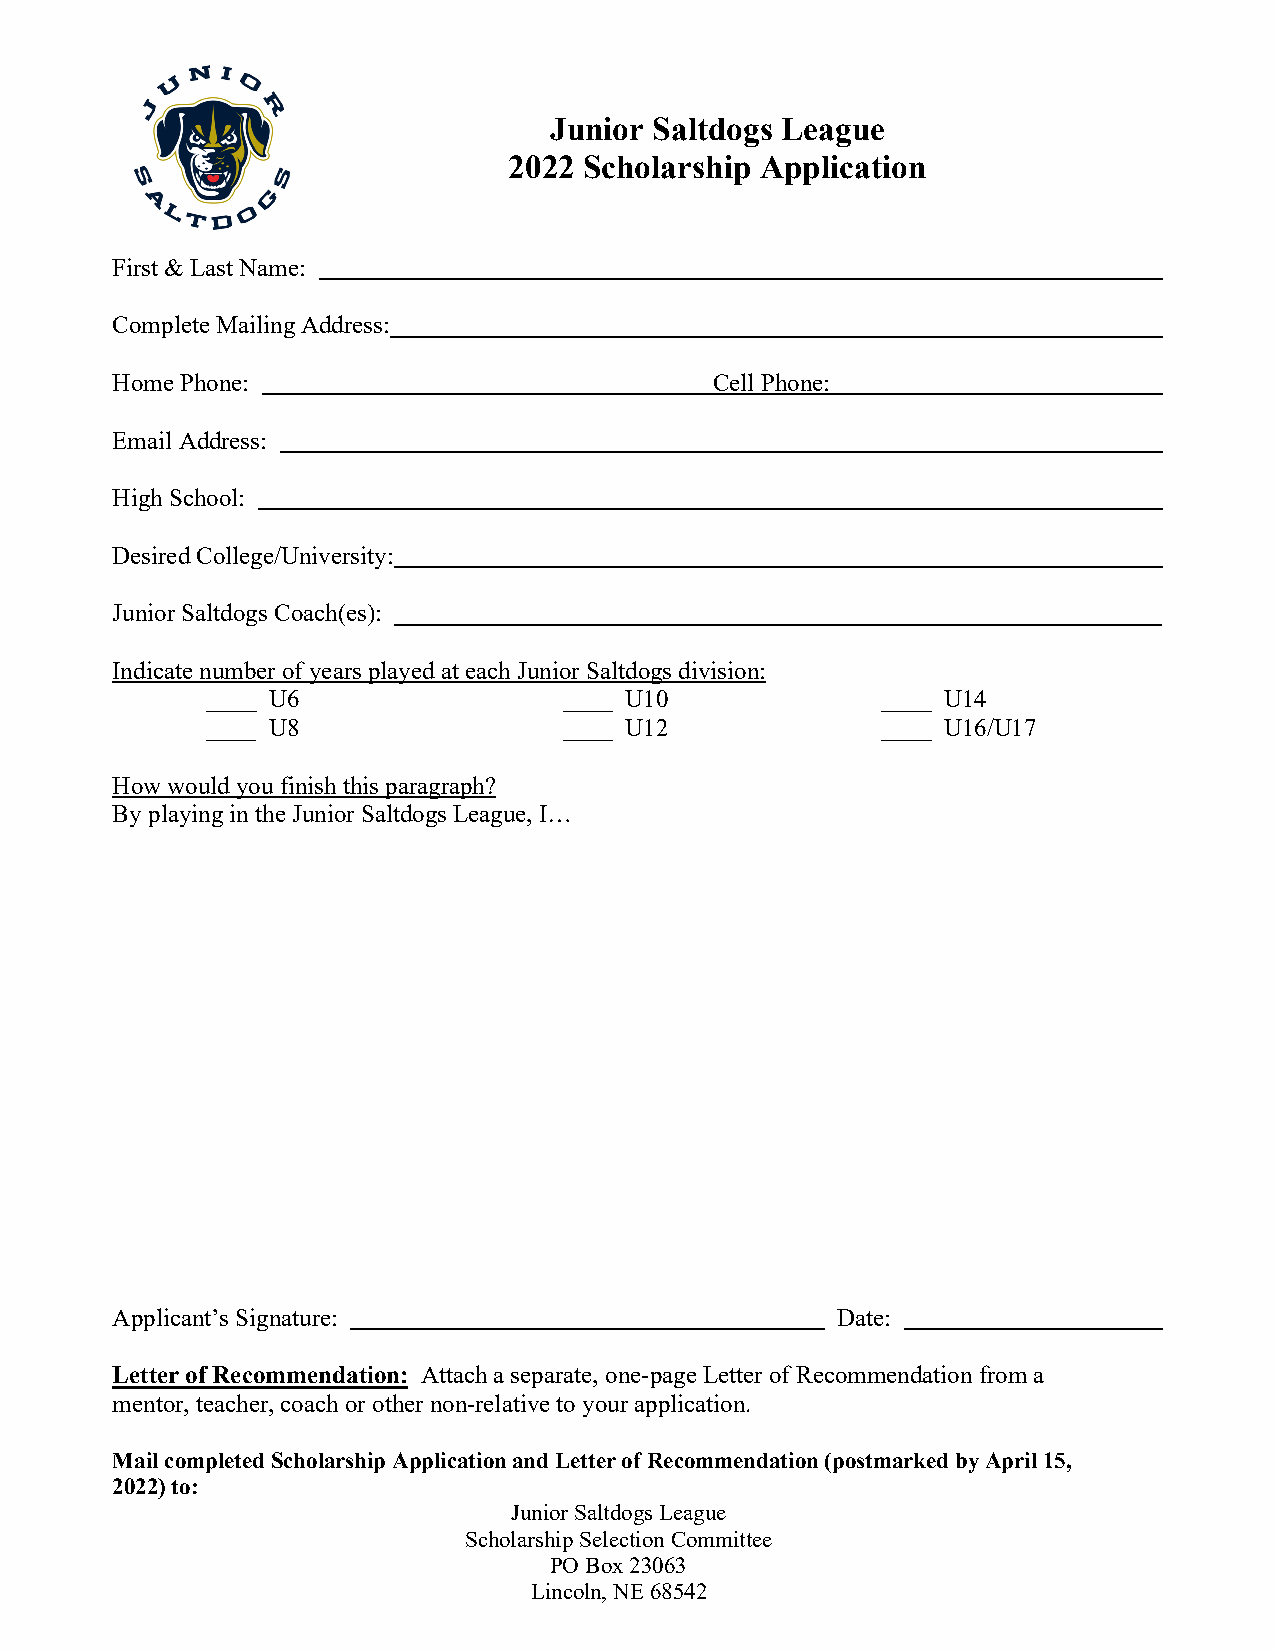
Junior Saltdogs League
 2022 Scholarship Application
 First & Last Name:
 Complete Mailing Address:
 Home Phone:                             Cell Phone:
 Email Address:
 High School:
 Desired College/University:
 Junior Saltdogs Coach(es):
 Indicate number of years played at each Junior Saltdogs division:
 ____ U6                ____ U10             ____ U14
 ____ U8                ____ U12             ____ U16/U17
 How would you finish this paragraph?
 By playing in the Junior Saltdogs League, I…
 Applicant’s Signature:                          Date:
 Letter of Recommendation: Attach a separate, one-page Letter of Recommendation from a
 mentor, teacher, coach or other non-relative to your application.
 Mail completed Scholarship Application and Letter of Recommendation (postmarked by April 15,
 2022) to:
 Junior Saltdogs League
 Scholarship Selection Committee
 PO Box 23063
 Lincoln, NE 68542